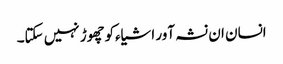
انسان ان نشہ آور اشیاءکوچھوڑ نہیں سکتا۔